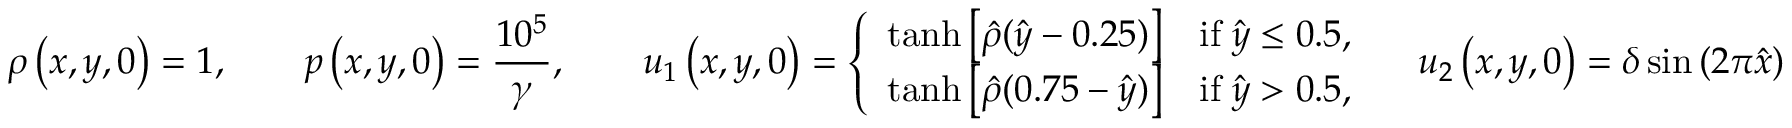
\rho \left( x , y , 0 \right) = 1 , \qquad p \left( x , y , 0 \right) = \frac { 1 0 ^ { 5 } } { \gamma } , \qquad { u } _ { 1 } \left( x , y , 0 \right) = \left\lbrace \begin{array} { l c } { \operatorname { t a n h } \left[ \hat { \rho } ( \hat { y } - 0 . 2 5 ) \right] } & { \mathrm { i f } \; \hat { y } \le 0 . 5 , } \\ { \operatorname { t a n h } \left[ \hat { \rho } ( 0 . 7 5 - \hat { y } ) \right] } & { \mathrm { i f } \; \hat { y } > 0 . 5 , } \end{array} \right. \quad { u } _ { 2 } \left( x , y , 0 \right) = \delta \sin \left( 2 \pi \hat { x } \right)